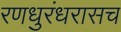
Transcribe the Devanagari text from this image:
रणधुरंधरासच